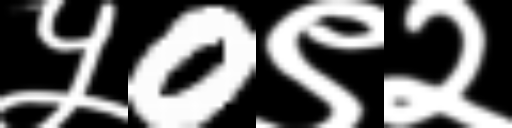
Text: ५0९२